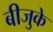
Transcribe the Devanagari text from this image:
बीजुके